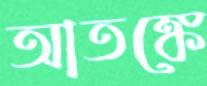
আতঙ্কে